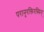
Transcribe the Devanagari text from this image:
परानुरक्तिरस्मिन्‌